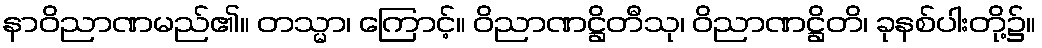
နာဝိညာဏမည်၏။ တသ္မာ၊ ကြောင့်။ ဝိညာဏဋ္ဌိတီသု၊ ဝိညာဏဋ္ဌိတိ၊ ခုနစ်ပါးတို့၌။